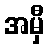
အမှီ